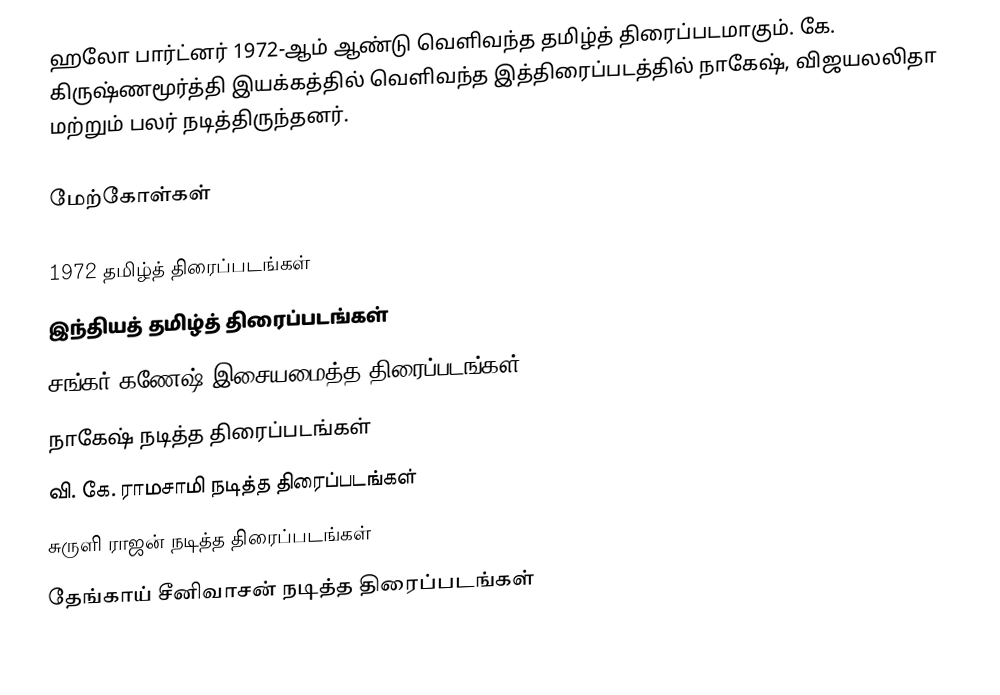
ஹலோ பார்ட்னர் 1972-ஆம் ஆண்டு வெளிவந்த தமிழ்த் திரைப்படமாகும். கே. கிருஷ்ணமூர்த்தி இயக்கத்தில் வெளிவந்த இத்திரைப்படத்தில் நாகேஷ், விஜயலலிதா மற்றும் பலர் நடித்திருந்தனர்.

மேற்கோள்கள்

1972 தமிழ்த் திரைப்படங்கள்
இந்தியத் தமிழ்த் திரைப்படங்கள்
சங்கர் கணேஷ் இசையமைத்த திரைப்படங்கள்
நாகேஷ் நடித்த திரைப்படங்கள்
வி. கே. ராமசாமி நடித்த திரைப்படங்கள்
சுருளி ராஜன் நடித்த திரைப்படங்கள்
தேங்காய் சீனிவாசன் நடித்த திரைப்படங்கள்